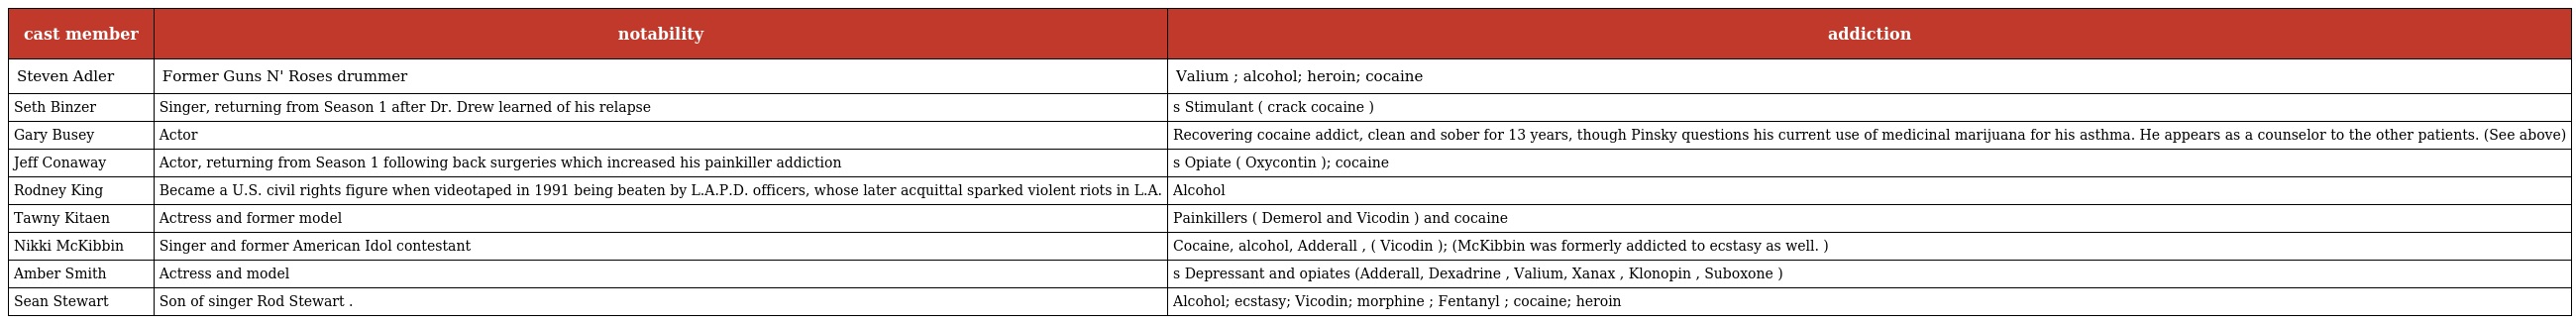
| cast member | notability | addiction |
 | --- | --- | --- |
 | Steven Adler | Former Guns N' Roses drummer | Valium ; alcohol; heroin; cocaine |
 | Seth Binzer | Singer, returning from Season 1 after Dr. Drew learned of his relapse | s Stimulant ( crack cocaine ) |
 | Gary Busey | Actor | Recovering cocaine addict, clean and sober for 13 years, though Pinsky questions his current use of medicinal marijuana for his asthma. He appears as a counselor to the other patients. (See above) |
 | Jeff Conaway | Actor, returning from Season 1 following back surgeries which increased his painkiller addiction | s Opiate ( Oxycontin ); cocaine |
 | Rodney King | Became a U.S. civil rights figure when videotaped in 1991 being beaten by L.A.P.D. officers, whose later acquittal sparked violent riots in L.A. | Alcohol |
 | Tawny Kitaen | Actress and former model | Painkillers ( Demerol and Vicodin ) and cocaine |
 | Nikki McKibbin | Singer and former American Idol contestant | Cocaine, alcohol, Adderall , ( Vicodin ); (McKibbin was formerly addicted to ecstasy as well. ) |
 | Amber Smith | Actress and model | s Depressant and opiates (Adderall, Dexadrine , Valium, Xanax , Klonopin , Suboxone ) |
 | Sean Stewart | Son of singer Rod Stewart . | Alcohol; ecstasy; Vicodin; morphine ; Fentanyl ; cocaine; heroin |